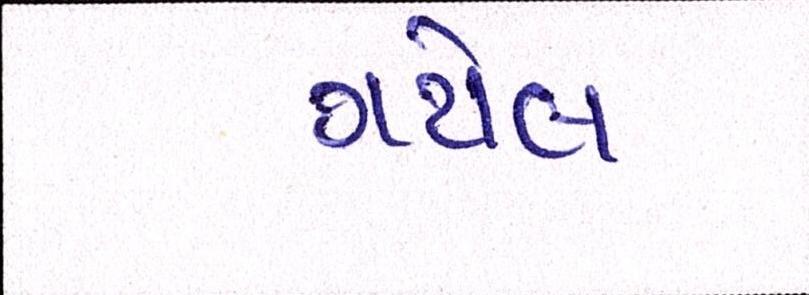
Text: ગયેલ